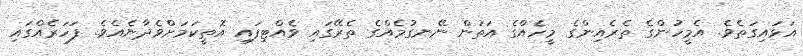
އަޅައިގަތެވެ. އެމީހުންގެ ތެރެއިންގެ މީހެއްގެ އަތުން ނޭނގުމެއްގެ ތެރޭގައި ވެއްޓިފައި އޮތީކަމަށްވެދާނެއެވެ. ފަހަރެއްގައި